Sketch of the medical history of the native army of Bombay, for the year
Year: 1876
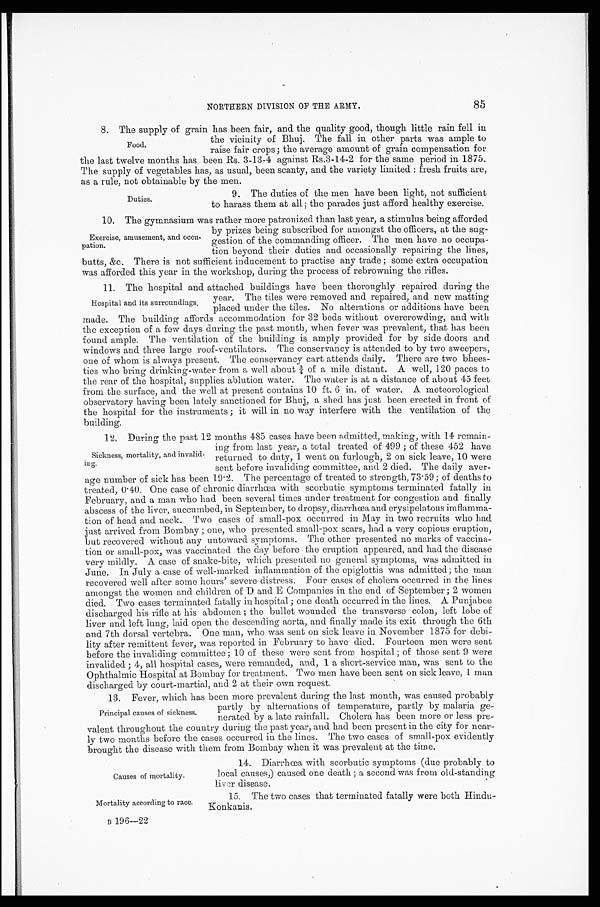
Causes of mortality.
Mortality according to race.
13 196—22
85
NORTHERN DIVISION OF THE ARMY.
8. The supply of grain has been fair, and the quality good, though little rain fell in
the vicinity of Bhuj. The fall in other parts was ample to
raise fair crops; the average amount of grain compensation for
the last twelve months has been Rs. 3-13-4 against Rs.3-14-2 for the same period in 1875.
The supply of vegetables has, as usual, been scanty, and the variety limited: fresh fruits are,
as a rule, not obtainable by the men.
9. The duties of the men have been light, not sufficient
to harass them at all ; the parades just afford healthy exercise.
10. The gymnasium was rather more patronized than last year, a stimulus being afforded
by prizes being subscribed for amongst the officers, at the sug
-
gestion of the commanding officer. The men have no occupa
-
tion beyond their duties and occasionally repairing the lines,
butts, &c. There is not sufficient inducement to practise any trade; some extra occupation
was afforded this year in the workshop, during the process of rebrowning the rifles.
11. The hospital and attached buildings have been thoroughly repaired during the
year. The tiles were removed and repaired, and new matting
placed under the tiles. No alterations or additions have been
made. The building affords accommodation for 32 beds without overcrowding, and with
the exception of a few days during the past month, when fever was prevalent, that has been
found ample. The ventilation of the building is amply provided for by side doors and
windows and three large roof-ventilators. The conservancy is attended to by two sweepers,
one of whom is always present. The conservancy cart attends daily. There are two bhees
-
ties who bring drinking-water from a well about ¾ of a mile distant. A well, 120 paces to
the rear of the hospital, supplies ablution water. The water is at a distance of about 45 feet
from the surface, and the well at present contains 10 ft. 6 in. of water. A meteorological
observatory having been lately sanctioned for Bhuj, a shed has just been erected in front of
the hospital for the instruments; it will in no way interfere with the ventilation of the
building.
12. During the past 12 months 485 cases have been admitted making, with 14 remain-
ing from last year, a total treated of 499; of these 452 have
returned to duty, 1 went on furlough, 2 on sick leave, 10 were
sent before invaliding committee, and 2 died. The daily aver -
age number of sick has been 19.2. The percentage of treated to strength, 73.59; of deaths to
treated, 0.40. One case of chronic diarrhœa with scorbutic symptoms terminated fatally in
February, and a man who had been several times under treatment for congestion and finally
abscess of the liver, succumbed, in September, to dropsy, diarrhœa and erysipelatous inflamma -
tion of head and neck. Two cases of small-pox occurred in May in two recruits who had
just arrived from Bombay; one, who presented small-pox scars, had a very copious eruption,
but recovered without any untoward symptoms. The other presented no marks of vaccina
-
tion or small-pox, was vaccinated the day before the eruption appeared, and had the disease
very mildly. A case of snake-bite, which presented no general symptoms, was admitted in
June. In July a case of well-marked inflammation of the epiglottis was admitted; the man
recovered well after some hours' severe distress. Four cases of cholera occurred in the lines
amongst the women and children of D and E Companies in the end of September; 2 women
died. Two cases terminated fatally in hospital; one death occurred in the lines. A Punjabee
discharged his rifle at his abdomen; the bullet wounded the transverse colon, left lobe of
liver and left lung, laid open the descending aorta, and finally made its exit through the 6th
and 7th dorsal vertebra. One man, who was sent on sick leave in November 1875 for debi
-
lity after remittent fever, was reported in February to have died. Fourteen men were sent
before the invaliding committee; 10 of these were sent from hospital; of those sent 9 were
invalided; 4, all hospital cases, were remanded, and, 1 a short-service man, was sent to the
Ophthalmic Hospital at Bombay for treatment. Two men have been sent on sick leave, 1 man
discharged by court-martial, and 2 at their own request.
13. Fever, which has been more prevalent during the last month, was caused probably
partly by alternations of temperature, partly by malaria ge
-
nerated by a late rainfall. Cholera has been more or less pre
-
valent throughout the country during the past year, and had been present in the city for near
-
ly two months before the cases occurred in the lines. The two cases of small-pox evidently
brought the disease with them from Bombay when it was prevalent at the time.
Food.
Duties.
Exercise, amusement, and occu
-
pation.
Hospital and its surroundings.
Sickness, mortality, and invalid
-
ing.
Principal causes of sickness.
14. Diarrhœa with scorbutic symptoms (due probably to
local causes,) caused one death; a second was from old-standing
liver disease.
15. The two cases that terminated fatally were both Hindu
-Konkanis.